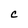
Character: c